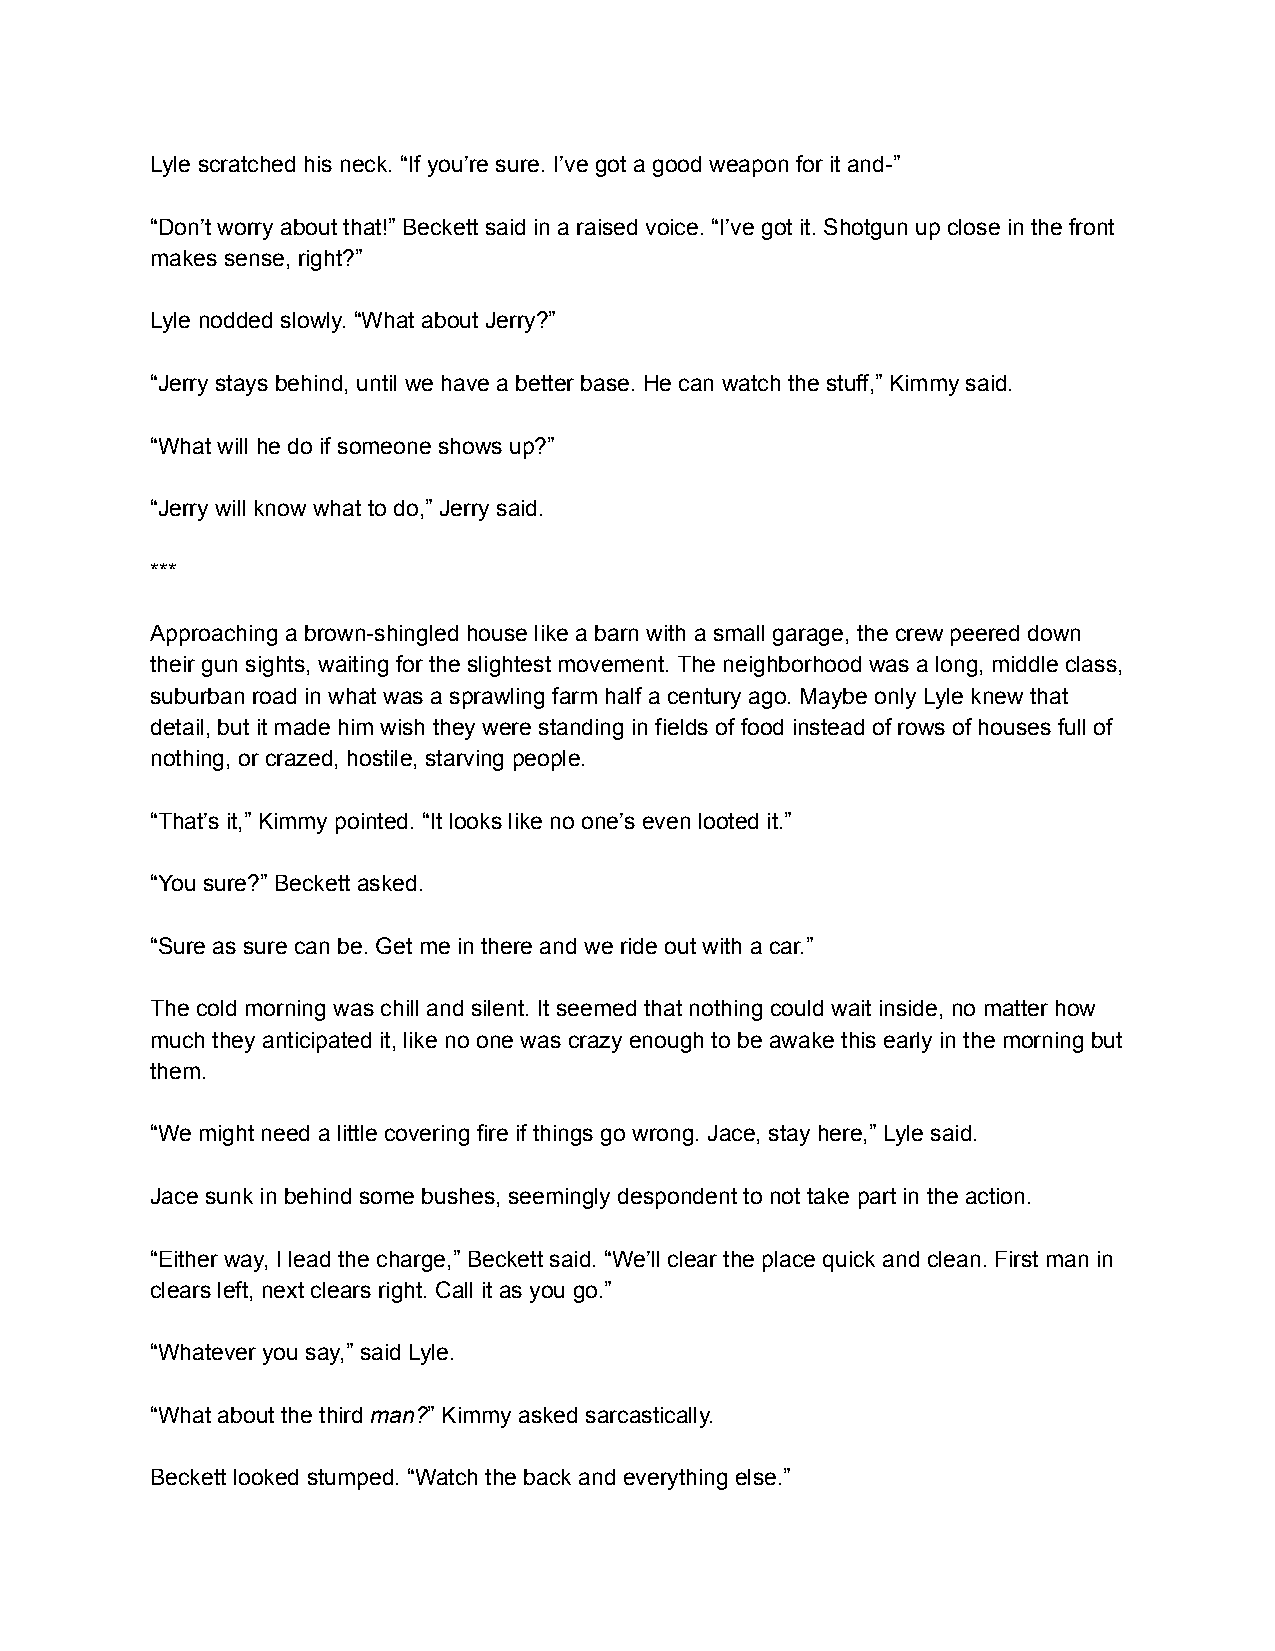
Lyle scratched his neck. “If you’re sure. I’ve got a good weapon for it and-”
 “Don’t worry about that!” Beckett said in a raised voice. “I’ve got it. Shotgun up close in the front
 makes sense, right?”
 Lyle nodded slowly. “What about Jerry?”
 “Jerry stays behind, until we have a better base. He can watch the stuff,” Kimmy said.
 “What will he do if someone shows up?”
 “Jerry will know what to do,” Jerry said.
 ***
 Approaching a brown-shingled house like a barn with a small garage, the crew peered down
 their gun sights, waiting for the slightest movement. The neighborhood was a long, middle class,
 suburban road in what was a sprawling farm half a century ago. Maybe only Lyle knew that
 detail, but it made him wish they were standing in fields of food instead of rows of houses full of
 nothing, or crazed, hostile, starving people.
 “That’s it,” Kimmy pointed. “It looks like no one’s even looted it.”
 “You sure?” Beckett asked.
 “Sure as sure can be. Get me in there and we ride out with a car.”
 The cold morning was chill and silent. It seemed that nothing could wait inside, no matter how
 much they anticipated it, like no one was crazy enough to be awake this early in the morning but
 them.
 “We might need a little covering fire if things go wrong. Jace, stay here,” Lyle said.
 Jace sunk in behind some bushes, seemingly despondent to not take part in the action.
 “Either way, I lead the charge,” Beckett said. “We’ll clear the place quick and clean. First man in
 clears left, next clears right. Call it as you go.”
 “Whatever you say,” said Lyle.
 “What about the third man?” Kimmy asked sarcastically.
 Beckett looked stumped. “Watch the back and everything else.”